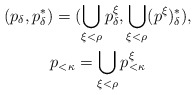
\begin{align*}\begin{gathered}(p_\delta, p^*_\delta)= ( \bigcup_{\xi<\rho} p^\xi_\delta, \bigcup_{\xi<\rho} (p^\xi)^*_\delta),\\p_{<\kappa} = \bigcup_{\xi<\rho} p^\xi_{<\kappa}\end{gathered}\end{align*}